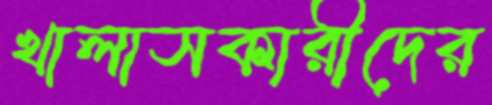
খালাসকারীদের